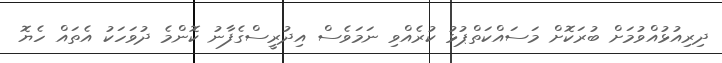
ދިރިއުޅުއްވުމަށް ބުރަކޮށް މަސައްކަތްޕުޅު ކުރެއްވި ނަމަވެސް އިދުރީސްގެފާނު ކޮންމެ ދުވަހަކު އެތައް ހެޔޮ